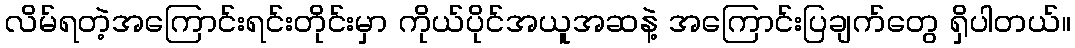
လိမ်ရတဲ့အကြောင်းရင်းတိုင်းမှာ ကိုယ်ပိုင်အယူအဆနဲ့ အကြောင်းပြချက်တွေ ရှိပါတယ်။